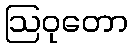
ဩဝုတော